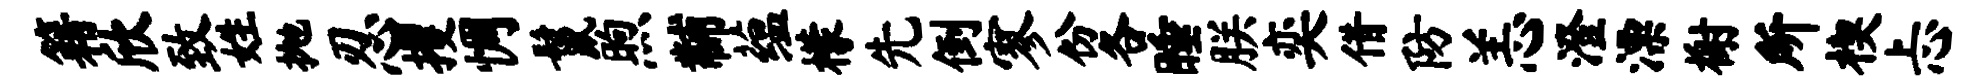
籍欣致姓抛忍攫惆鬣煦黼蕴檬先倒寥份各睡朕奕借防恙澄漂榭所楔忐